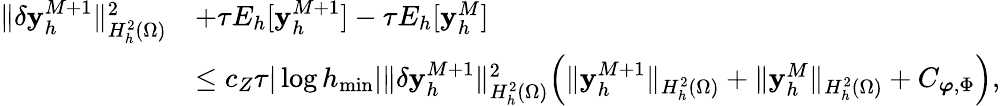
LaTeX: \begin{array}{rl}{\| \delta\mathbf{y}_{h}^{M+1}\| _{H_{h}^{2}(\Omega)}^{2}}&{+\tau E_{h}[\mathbf{y}_{h}^{M+1}]-\tau E_{h}[\mathbf{y}_{h}^{M}]}\\ &{{\le c_{Z}}\tau|\log h_{\operatorname*{min}}|\| \delta\mathbf{y}_{h}^{M+1}\| _{H_{h}^{2}(\Omega)}^{2}\Big(\| \mathbf{y}_{h}^{M+1}\| _{H_{h}^{2}(\Omega)}+\| \mathbf{y}_{h}^{M}\| _{H_{h}^{2}(\Omega)}+C_{\boldsymbol{\varphi},\Phi}\Big),}\end{array}